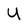
Character: U